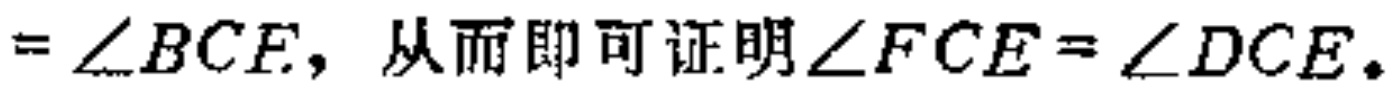
$=\angle BCF, 从而即可证明\angle FCE=\angle DCE。$